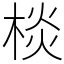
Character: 棪